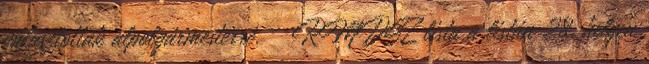
választották alpolgármesterré. – RMDSZ lista a listán 28. helyen